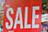
sale